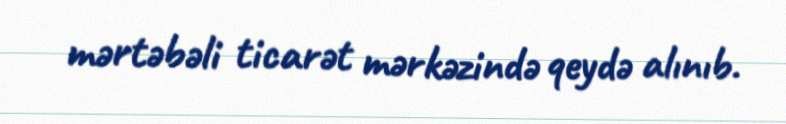
mərtəbəli ticarət mərkəzində qeydə alınıb.